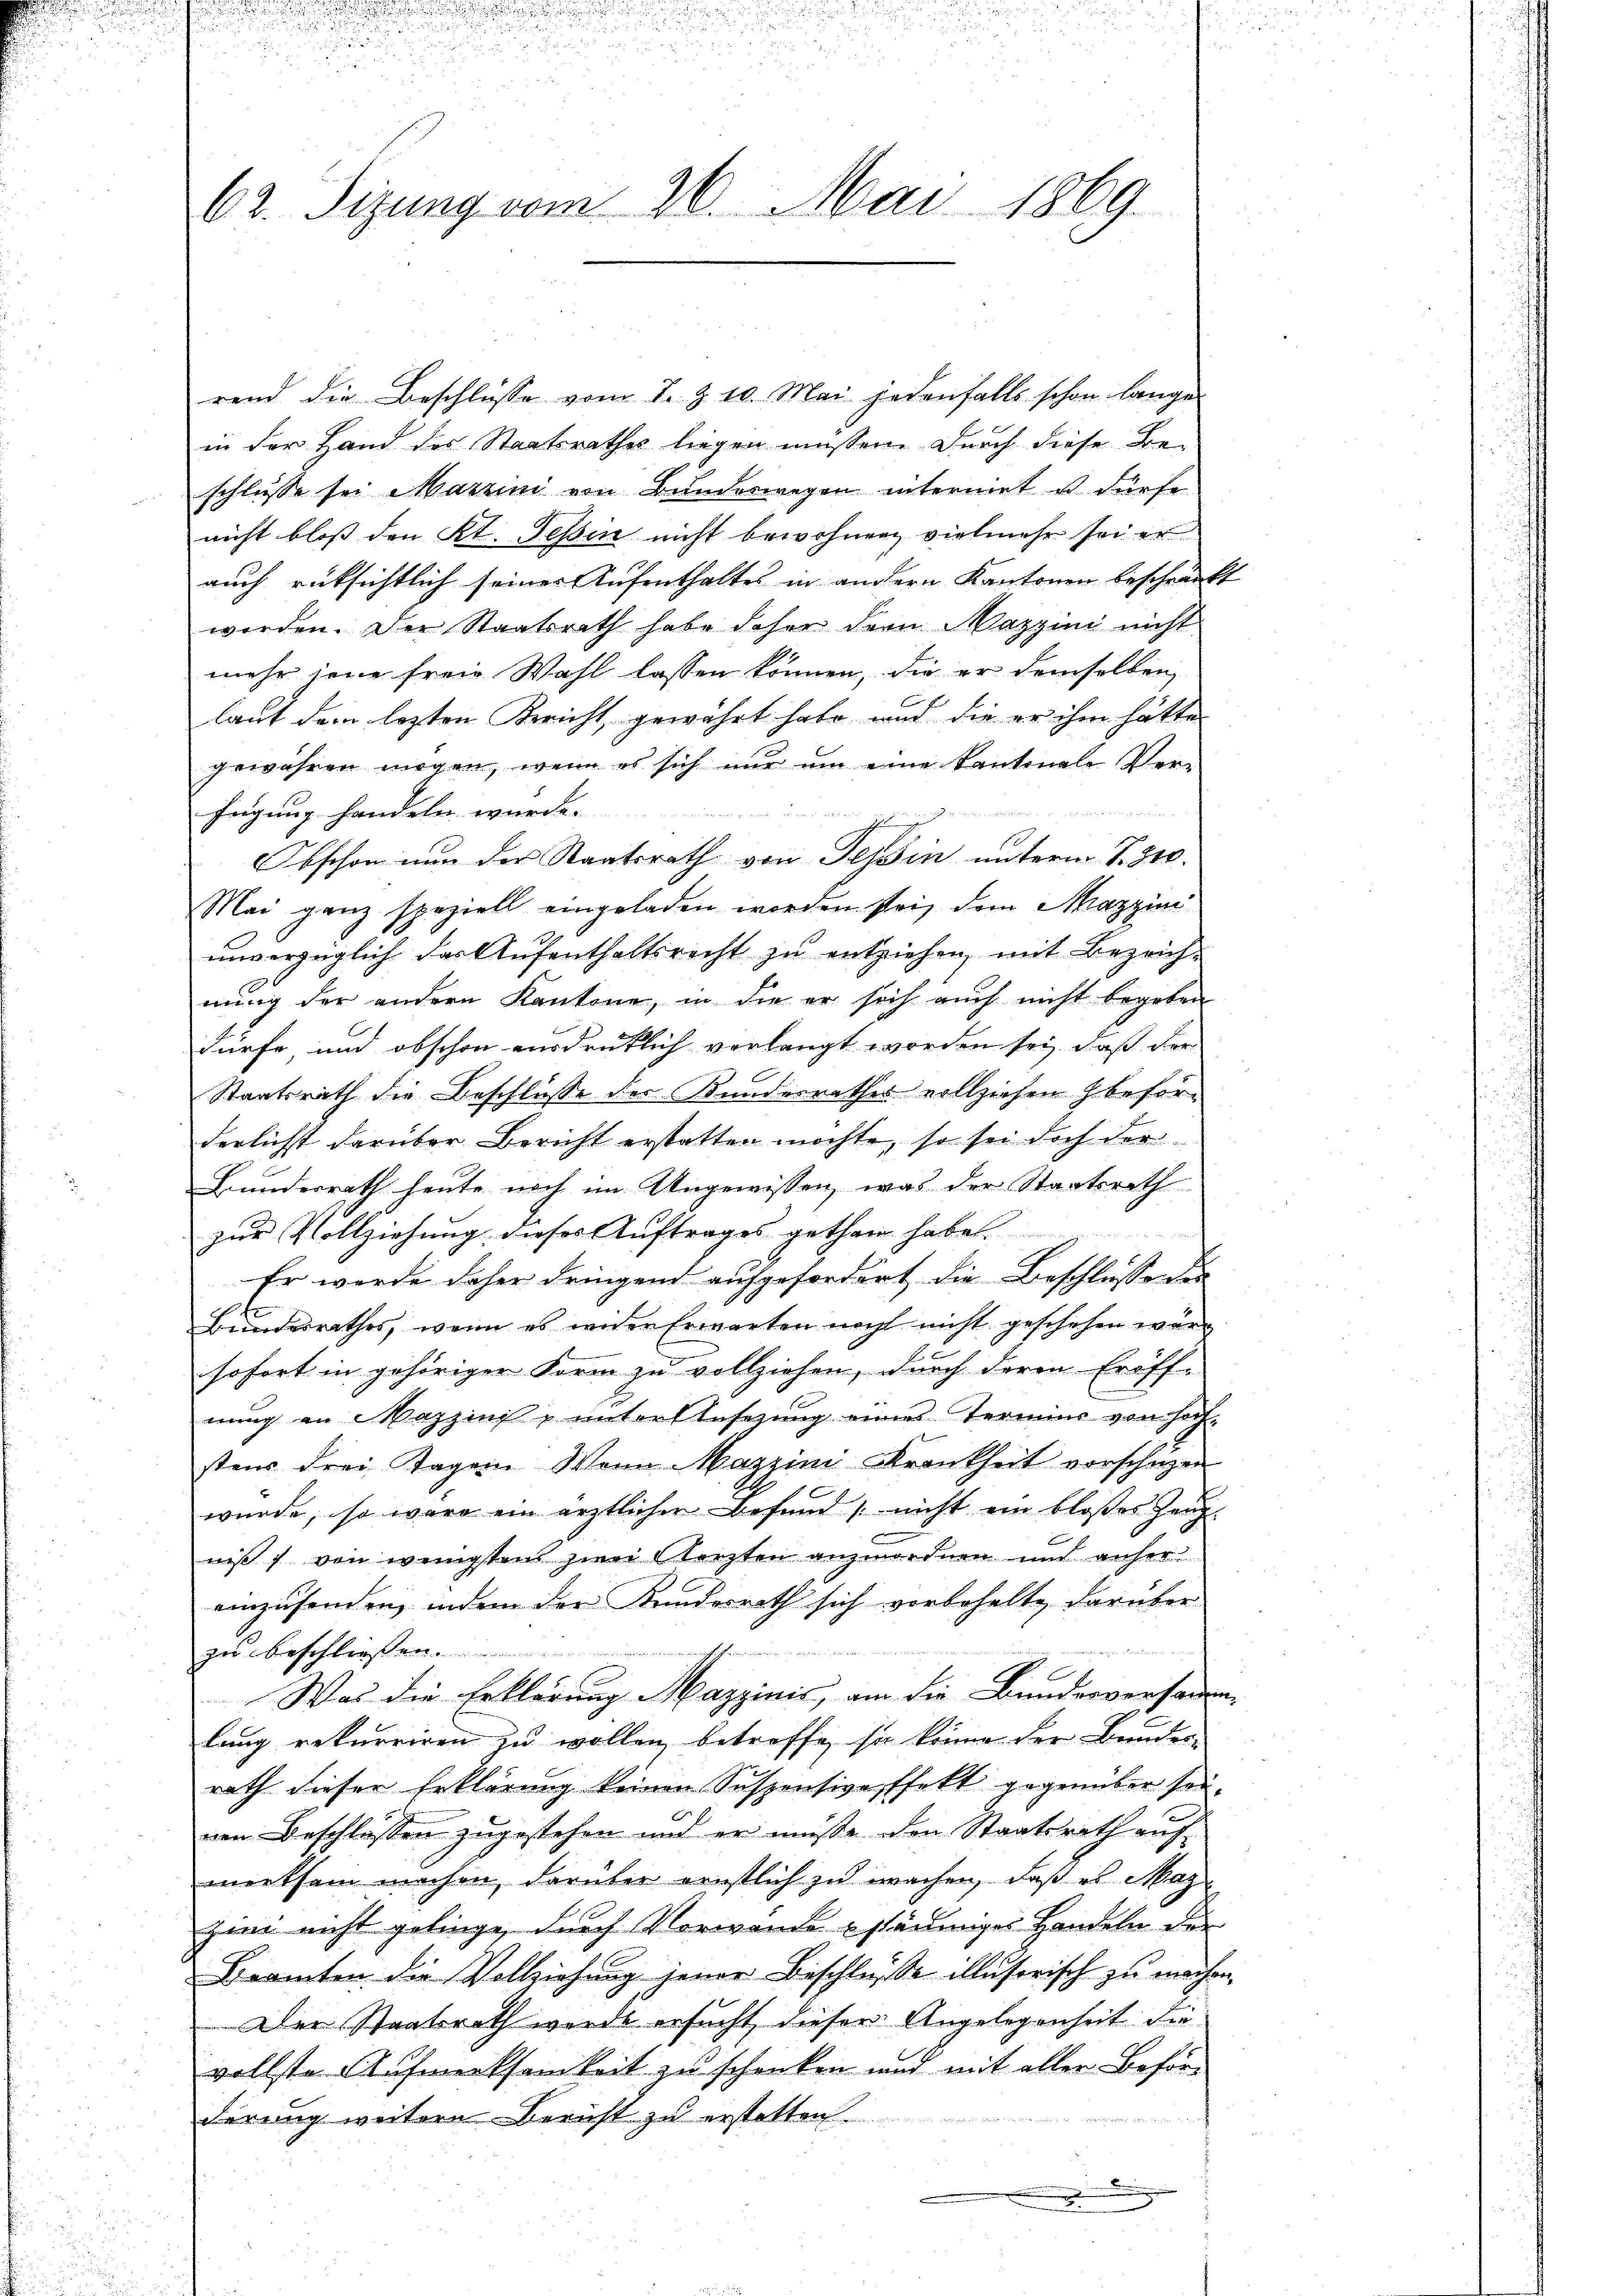
62. Tizung vom 26. Mai 1869.

rend die Beschlüsse vom 7. Z. 10. Mai jedenfalls schon lange
in der Hand des Staatsrathes liegen müssen. Durch diese Be-
schlusse sei Marzini von Bundeswegen intermiet ist dürfe
nicht bloss den Kt. Tessin nicht bewohnen vielmehr sei er
auch rüksichtlich seiner Aufenthaltes in andern Kantonen beschränkt
worden. Der Staatsrath habe daher dem Mazzini nicht
mehr jene freie Wahl lassen können, die er demselben,
laut dem lezten Bericht, gewährt habe, und die er ihm hätte
gewahren mögen, wenn es sich nur um eine Kantonale Verfügung handeln würde.
Obschon nun der Staatsrath von Tessin unterm S. 310.
Mai ganz speziell eingeladen worden sei, dem Mazzini
unverzüglich der Aufenthaltsrecht zu entziehen, mit Bezeich-
nung der andern Kantone, in die er sich auch nicht begeben
dürfe und obschon ausdrüklich verlangt worden sei, daß der
d
9
Staatsrath die Beschlüsse der Kundesrathes vollziehen J. beförderlichst darüber Bericht erstatten möchte, so sei doch der
Bunderrath heute noch im Ungewissen, was der Staatsrath
zur Vollziehung dieser Auftrages gethan habe.
Er werde daher dringend aufgefordert die Beschlusse der
Bundesrathes, wenn es wider Erwarten noch nicht geschehen wärsofort in gehöriger Form zu vollziehen, durch deren Eröff-
nung an Mazzinis unterstützŭng eines Termins von hoch-
stens drei Tagen Wenn Mazzini-Krankheit vorschuzen
wurde, so wäre ein ärztlicher Befund nicht ein bloßes Zeugniß von wenigstens zwei lezten anzuordnen und anfer
einzusenden, indem der Kundesrath sich vorbehalte, darüber
zu beschließen.
e
Was die Erklärung Mazzinis, am die Bunderversammen-
lang rekurriren zu wollen, betroffe, sie könne der Bundes-
rath dieser Erklärung keinen Suspensive ffekt gegenüber seiven Beschlossen zugestehen und er müsse den Staatsrath auf
merksam machen, darüber ernstlich zu wachen, daß es Mag
zii nicht gelinge, durch Vorwande säumiges Handeln der
Beamten die Vollziehung jener Beschlüsse illusorisch zu machen,
Der Staatsrath werde ersucht, dieser Angelegenheit die
vollste Aufwerksamkeit zu schenken und mit aller Beförderung weitere Bericht zu erstatten.
.